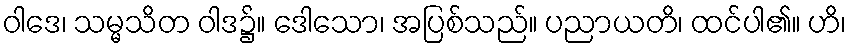
ဝါဒေ၊ သမ္မသိတ ဝါဒ၌။ ဒေါသော၊ အပြစ်သည်။ ပညာယတိ၊ ထင်ပါ၏။ ဟိ၊